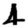
Digit: 4